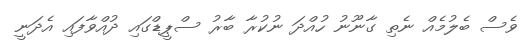
ވެސް ބެލުމެއް ނެތި ގާނޫނު ހުއްދަ ނުކުރާ ބާރު ސްޕީޑްގައި ދުއްވާފައި އެދަނީ